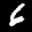
Label: 6